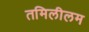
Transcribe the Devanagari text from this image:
तमिलीलम